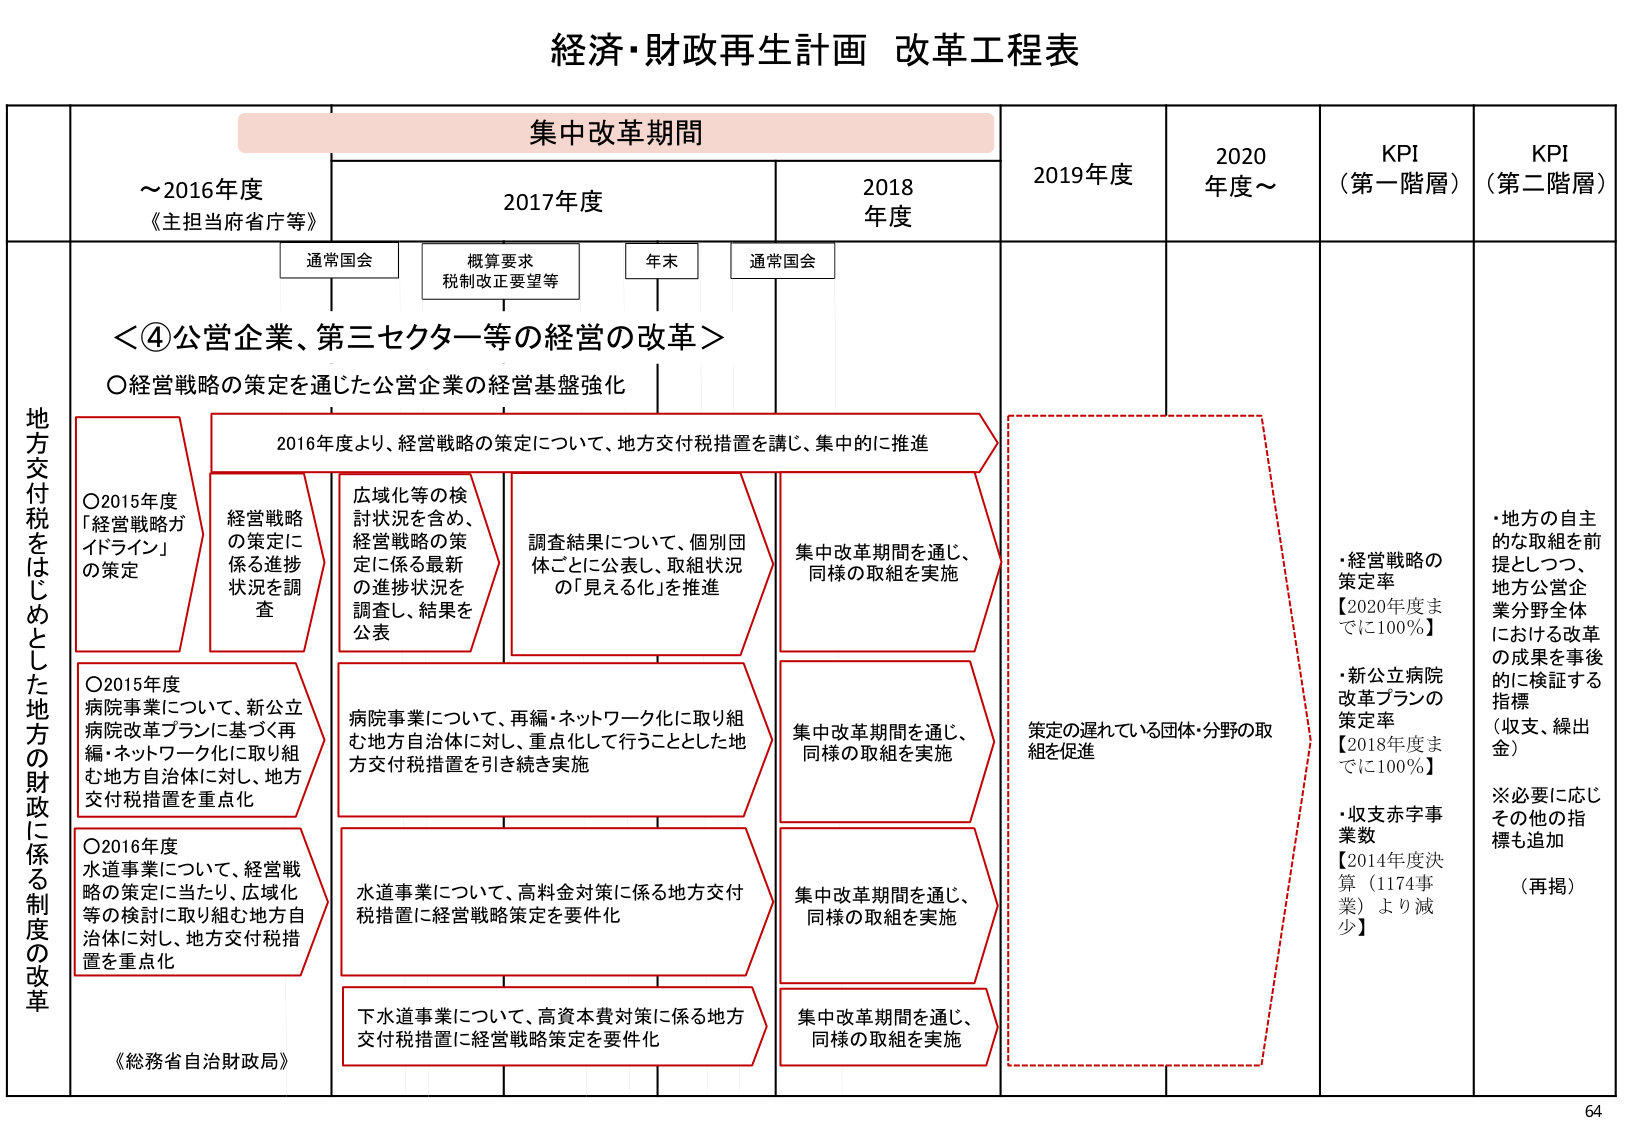
経済・財政再生計画 改革工程表

集中改革期間

～2016年度
《主担当府省庁等》

2017年度

2018年度

2019年度

2020年度～

KPI（第一階層）

KPI（第二階層）

通常国会

概算要求
税制改正要望等

年末

通常国会

地方交付税をはじめとした地方の財政に係る制度の改革

＜④公営企業、第三セクター等の経営の改革＞

○経営戦略の策定を通じた公営企業の経営基盤強化

2016年度より、経営戦略の策定について、地方交付税措置を講じ、集中的に推進

○2015年度
「経営戦略ガイドライン」の策定

経営戦略の策定に係る進捗状況を調査

広域化等の検討状況を含め、経営戦略の策定に係る最新の進捗状況を調査し、結果を公表

調査結果について、個別団体ごとに公表し、取組状況の「見える化」を推進

集中改革期間を通じ、同様の取組を実施

○2015年度
病院事業について、新公立病院改革プランに基づく再編・ネットワーク化に取り組む地方自治体に対し、地方交付税措置を重点化

病院事業について、再編・ネットワーク化に取り組む地方自治体に対し、重点化して行うこととした地方交付税措置を引き続き実施

集中改革期間を通じ、同様の取組を実施

○2016年度
水道事業について、経営戦略の策定に当たり、広域化等の検討に取り組む地方自治体に対し、地方交付税措置を重点化

水道事業について、高料金対策に係る地方交付税措置に経営戦略策定を要件化

集中改革期間を通じ、同様の取組を実施

下水道事業について、高資本費対策に係る地方交付税措置に経営戦略策定を要件化

集中改革期間を通じ、同様の取組を実施

策定の遅れている団体・分野の取組を促進

・経営戦略の策定率
【2020年度までに100％】

・新公立病院改革プランの策定率
【2018年度までに100％】

・収支赤字事業数
【2014年度決算（1174事業）より減少】

・地方の自主的な取組を前提としつつ、地方公営企業分野全体における改革の成果を事後的に検証する指標（収支、繰出金）
※必要に応じその他の指標も追加
（再掲）

《総務省自治財政局》

64